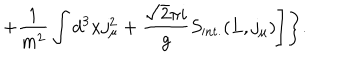
+ \frac { 1 } { m ^ { 2 } } \int d ^ { 3 } x j _ { \mu } ^ { 2 } + \frac { \sqrt { 2 } \pi i } { g } S _ { \mathrm { i n t . } } ( L , j _ { \mu } ) \Biggr ] \Biggr \} .